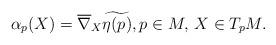
LaTeX: \begin{align*}\alpha_p(X) = \overline{\nabla}_X \widetilde{\eta(p)}, p \in M, \, X \in T_p M.\end{align*}